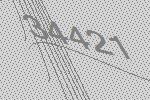
34421